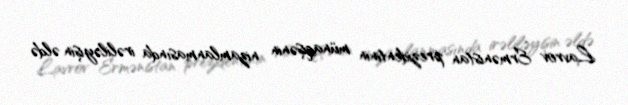
Lavrov Ermənistan prezidentinin münaqişənin nizamlanmasında irəliləyişin əldə